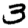
Digit: 3